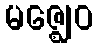
မဇ္ဈေဝ